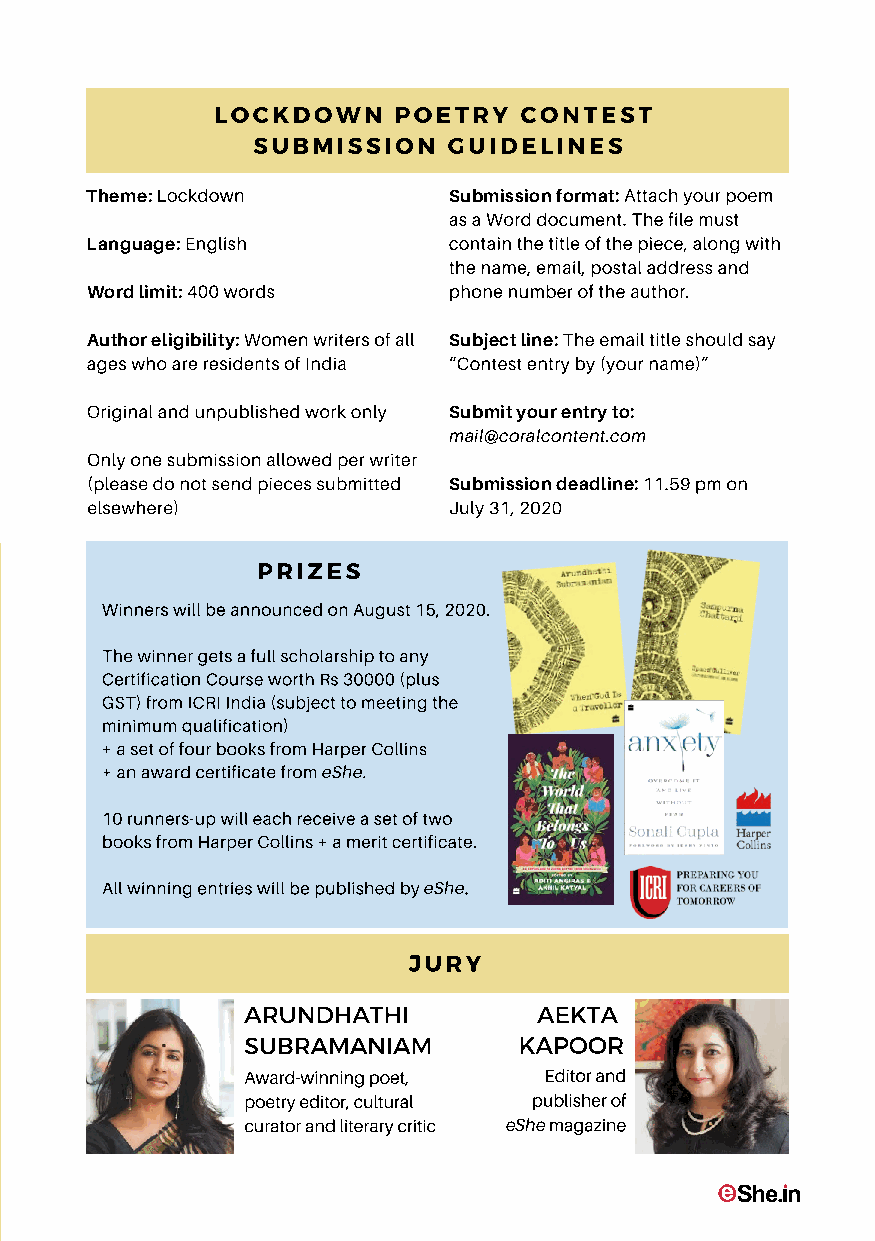
PERSONAL GROWTH|59
 LOCKDOWN    POETRY  CONTEST
 SUBMISSION   GUIDELINES
 C
 O
 ALN ET RE TS !T T heme: Lockdown S asu b
 a
 m Wi os rs dio dn
 o
 f co ur mm ea nt:
 t
 .A Ttt ha ec h
 fil
 y eo mu ur sp toem
 Language: English       contain the title of the piece, along with
 the name, email, postal address and
 Word limit: 400 words   phone number of the author.
 Author eligibility: Women writers of all Subject line: The email title should say
 ages who are residents of India “Contest entry by (your name)”
 Original and unpublished work only Submit your entry to:
 mail@coralcontent.com
 Only one submission allowed per writer
 (please do not send pieces submitted Submission deadline: 11.59 pm on
 elsewhere)              July 31, 2020
 PRIZES
 L O C K D O W N
 Winners will be announced on August 15, 2020.
 The winner gets a full scholarship to any
 P O E T R Y Certification Course worth Rs 30000 (plus
 GST) from ICRI India (subject to meeting the
 minimum qualification)
 + a set of four books from Harper Collins
 + an award certificate from eShe.
 eShe presents 'Lockdown Poetry Contest' 10 runners-up will each receive a set of two
 books from Harper Collins + a merit certificate.
 for women writers
 All winning entries will be published by eShe.
 Jury includes globally renowned poet
 Arundhathi Subramaniam     JURY
 ARUNDHATHI          AEKTA
 Deadline: July 31, 2020
 SUBRAMANIAM       KAPOOR
 Award-winning poet, Editor and
 poetry editor, cultural publisher of
 curator and literary critic eShe magazine
 JULY 2020